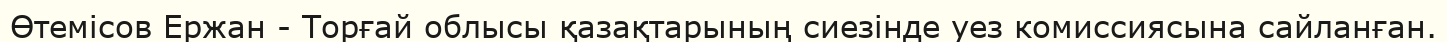
Өтемісов Ержан - Торғай облысы қазақтарының сиезінде уез комиссиясына сайланған.